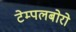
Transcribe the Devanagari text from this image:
टेम्पलबोरो